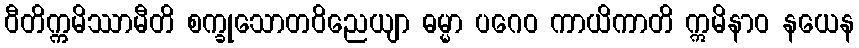
ဝီတိက္ကမိဿာမီတိ စက္ခုသောတဝိညေယျာ ဓမ္မာ ပဂေဝ ကာယိကာတိ ဣမိနာဝ နယေန